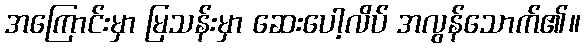
အကြောင်းမှာ မြသန်းမှာ ဆေးပေါ့လိပ် အလွန်သောက်၏။